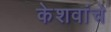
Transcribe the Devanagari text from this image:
केशवांचे